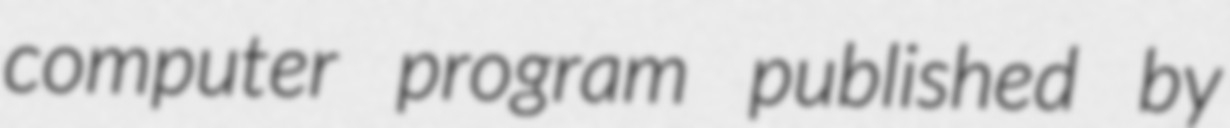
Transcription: computer program published by